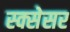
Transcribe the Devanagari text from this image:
स्क्सेसर